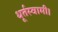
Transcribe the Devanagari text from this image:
धूर्तस्वामी।